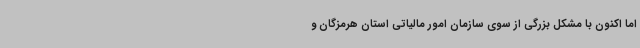
اما اکنون با مشکل بزرگی از سوی سازمان امور مالیاتی استان هرمزگان و